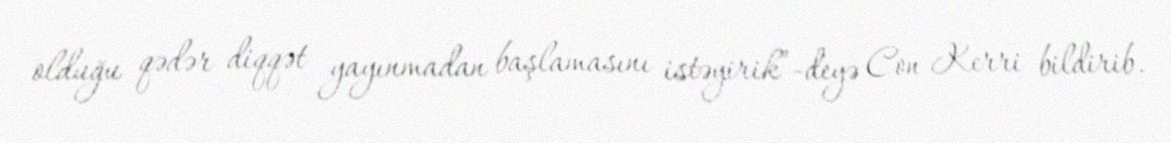
olduğu qədər diqqət yayınmadan başlamasını istəyirik”-deyə Con Kerri bildirib.